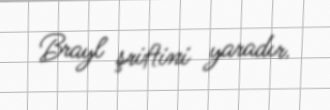
Brayl şriftini yaradır.